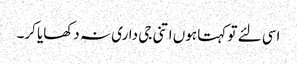
اسی لئے تو کہتا ہوں اتنی جی داری نہ دکھایا کر۔